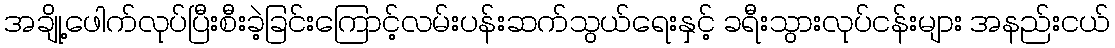
အချို့ဖေါက်လုပ်ပြီးစီးခဲ့ခြင်းကြောင့်လမ်းပန်းဆက်သွယ်ရေးနှင့် ခရီးသွားလုပ်ငန်းများ အနည်းငယ်